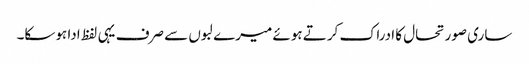
ساری صورتحال کا ادراک کرتے ہوئے میرے لبوں سے صرف یہی لفظ ادا ہوسکا۔